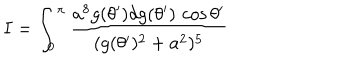
I = \int _ { 0 } ^ { \pi } { \frac { a ^ { 8 } g ( \theta ^ { \prime } ) d g ( \theta ^ { \prime } ) \, \cos \theta ^ { \prime } } { ( g ( \theta ^ { \prime } ) ^ { 2 } + a ^ { 2 } ) ^ { 5 } } }